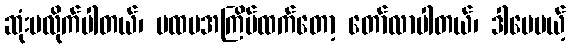
ဆုံးမလိုက်ပါတယ်၊ ပထမအကြိမ်ထက်တော့ တော်လာပါတယ်၊ ဒါပေမယ့်